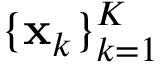
\{ \mathbf { x } _ { k } \} _ { k = 1 } ^ { K }